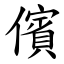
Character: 儐